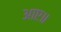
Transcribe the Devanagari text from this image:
आए॥